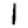
Digit: 1